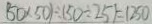
( 5 0 \times 5 0 ) \div ( 5 0 \div 2 5 ) = 1 2 5 0